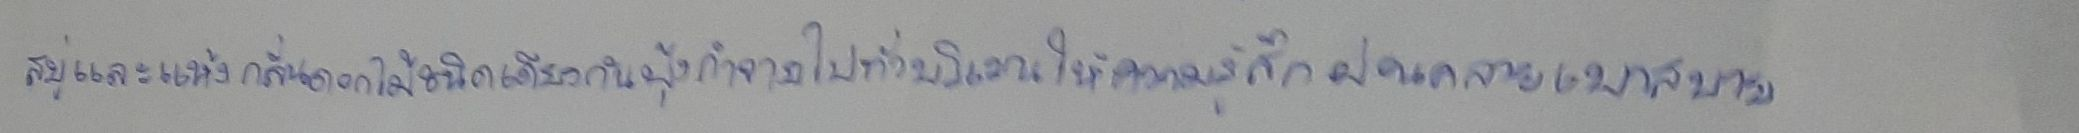
สบู่และแห้งกลิ่นดอกไม้ชนิดเดียวกันฟุ้งกำจายไปทั่วบริเวณให้ความรู้สึกผ่อนคลายเบาสบาย